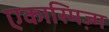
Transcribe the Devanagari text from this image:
एकास्मिज्म़